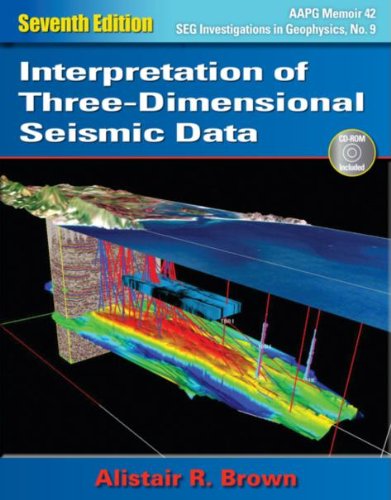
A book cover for Interpretation of Three-Dimensional Seismic Data, 7th Edition; Alistair R. Brown; Science & Math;